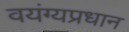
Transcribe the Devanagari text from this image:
वयंग्यप्रधान